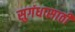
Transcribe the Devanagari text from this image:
सुगंधासाठी